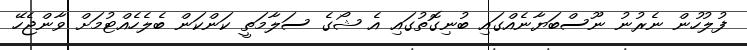
ފުލުހުން ނެރުނު ނޫސްބަޔާނެއްގައި ބުނިގޮތުގައި އެ ޝޯގެ ސަލާމަތީ ކަންކަން ބެލެހެއްޓުމަށް ވާންޖެހޭ